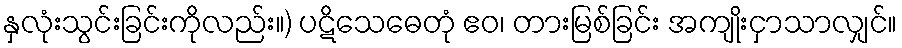
နှလုံးသွင်းခြင်းကိုလည်း။) ပဋိသေဓေတုံ ဧဝ၊ တားမြစ်ခြင်း အကျိုးငှာသာလျှင်။